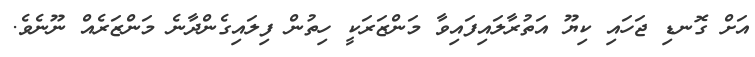
އަށް ގޮނޑި ޖަހައި ކިޔޫ އަތުރާލައިފައިވާ މަންޒަރަކީ ހިތުން ފިލައިގެންދާނެ މަންޒަރެއް ނޫނެވެ.